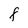
Character: F